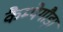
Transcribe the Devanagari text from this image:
कैम्पेगौड़ा